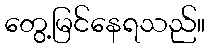
တွေ့မြင်နေရသည်။